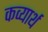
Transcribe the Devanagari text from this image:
कव्यार्थ